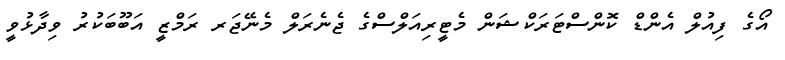
އޯގެ ފިއުލް އެންޑް ކޮންސްޓަރަކްޝަން މެޓީރިއަލްސްގެ ޖެނެރަލް މެނޭޖަރ ރަމްޒީ އަބޫބަކުރު ވިދާޅުވީ